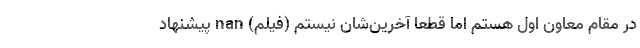
در مقام معاون اول هستم اما قطعا آخرین‌شان نیستم (فیلم) nan پیشنهاد